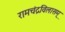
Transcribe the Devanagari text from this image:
रामचंद्रविलासम्